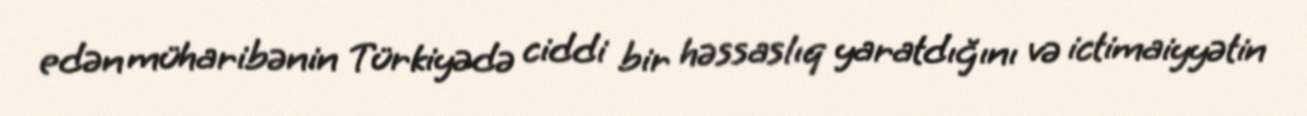
edən müharibənin Türkiyədə ciddi bir həssaslıq yaratdığını və ictimaiyyətin